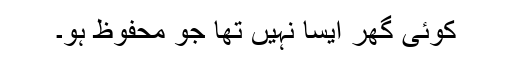
کوئی گھر ایسا نہیں تھا جو محفوظ ہو۔